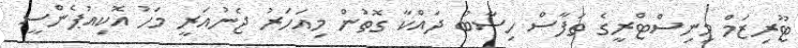
ޓޫރިޒަމް މިނިސްޓްރީގެ ތަފާސް ހިސާބު ދައްކާ ގޮތުން މިއަހަރު ޖެނުއަރީ މަހު އޮކިއުޕެންސީ